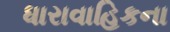
ધારાવાહિકના